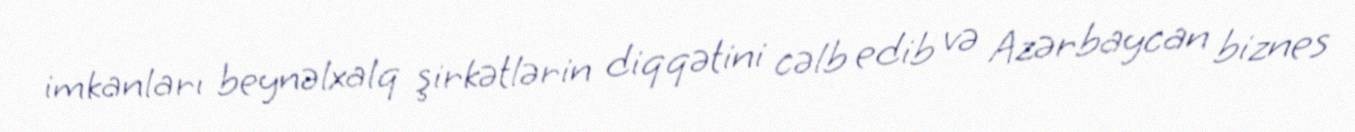
imkanları beynəlxalq şirkətlərin diqqətini cəlb edib və Azərbaycan biznes